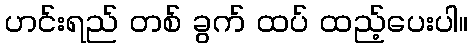
ဟင်းရည် တစ် ခွက် ထပ် ထည့်ပေးပါ။